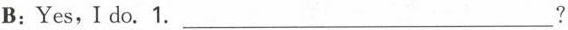
B:Yes,Ido.1. ___?